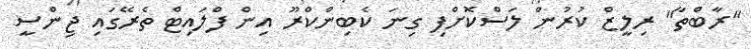
"ރާބްތާ" ރިލީޒް ކުރުން ލަސްކޮށްފި ގިނަ ކެބިންކްރޫ އިން ފްލައިޓް ތެރޭގައި ޖިންސީ